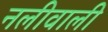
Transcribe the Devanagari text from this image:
नलीवाली